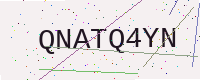
Text: QNATQ4YN